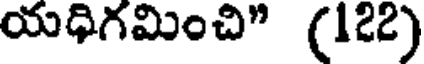
యధిగమించి" (122)